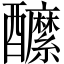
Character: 醿